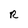
Character: R